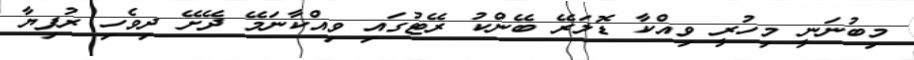
މިބުނަނީ މިހުރީ ވިއްކާ ޑޮލަރޭ ބޭންކު ރޭޓުގައި ވިއްކާނަމޭ ދޭށޭ ދިވެހި ރުފިޔާ